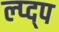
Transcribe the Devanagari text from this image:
ल्प्द्प